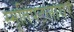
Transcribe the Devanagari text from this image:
स्मृतिपटलावर